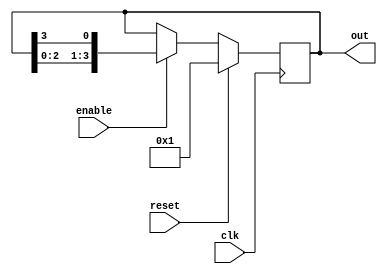
module ring_counter #(
    parameter N = 4  // Number of flip-flops (bits)
) (
    input wire clk,          // Clock signal
    input wire reset,        // Synchronous reset signal
    input wire enable,       // Enable signal
    output reg [N-1:0] out   // Output of the ring counter
);

    // Initial state of the counter
    initial begin
        out = 1'b1; // Start with the first flip-flop set to '1'
    end

    always @(posedge clk) begin
        if (reset) begin
            out <= 1'b1; // Reset to initial state
        end else if (enable) begin
            // Shift the '1' token to the left with wrap-around
            out <= {out[N-2:0], out[N-1]};
        end
    end

endmodule